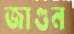
জাগুন